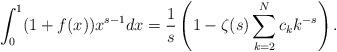
LaTeX: \begin{align*}\int_0^1 (1+f(x)) x^{s-1} dx= \frac{1}{s}\left(1- \zeta (s) \sum_{k=2}^N c_k k^{-s}\right) .\end{align*}